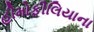
હીમોફીલિયાના